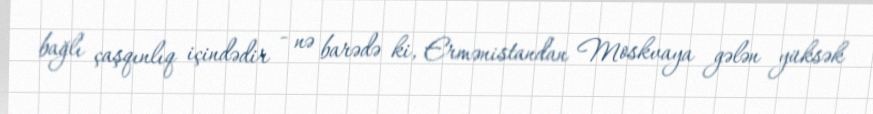
bağlı çaşqınlıq içindədir - nə barədə ki, Ermənistandan Moskvaya gələn yüksək